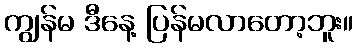
ကျွန်မ ဒီနေ့ ပြန်မလာတော့ဘူး။